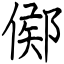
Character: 鄇